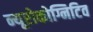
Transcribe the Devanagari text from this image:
न्यूरोकोग्निटिव